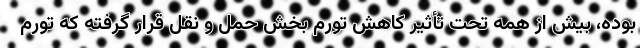
بوده، بیش از همه تحت تأثیر کاهش تورم بخش حمل و نقل قرار گرفته که تورم